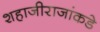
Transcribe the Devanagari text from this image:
शहाजीराजांकडे